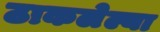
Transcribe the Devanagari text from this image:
ठाकलेल्या